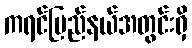
ကရင်ပြည်နယ်အတွင်းရှိ